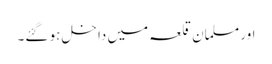
اور مسلمان قلعہ میں داخل ہو گئے۔